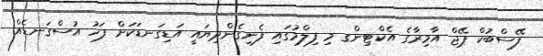
ފޭސްބުކް ޕޭޖް އާމިރާގެ އެކްޓިންގ މި ފިލްމުގައި ފެނިގެންދިޔައީ އަޑިގަނޑަކަށް ފަހު އުސްގަނޑެއް